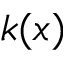
k ( x )